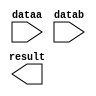
// This program was cloned from: https://github.com/Waikebber/PWM-Robotic-Arm
// License: MIT License

// megafunction wizard: %LPM_ADD_SUB%VBB%
// GENERATION: STANDARD
// VERSION: WM1.0
// MODULE: LPM_ADD_SUB 

// ============================================================
// Megafunction Name(s):
// 			LPM_ADD_SUB
//
// Simulation Library Files(s):
// 			lpm
// ============================================================
// ************************************************************
// THIS IS A WIZARD-GENERATED FILE. DO NOT EDIT THIS FILE!
//
// 18.1.0 Build 625 09/12/2018 SJ Lite Edition
// ************************************************************

//Copyright (C) 2018  Intel Corporation. All rights reserved.
//Your use of Intel Corporation's design tools, logic functions 
//and other software and tools, and its AMPP partner logic 
//functions, and any output files from any of the foregoing 
//(including device programming or simulation files), and any 
//associated documentation or information are expressly subject 
//to the terms and conditions of the Intel Program License 
//Subscription Agreement, the Intel Quartus Prime License Agreement,
//the Intel FPGA IP License Agreement, or other applicable license
//agreement, including, without limitation, that your use is for
//the sole purpose of programming logic devices manufactured by
//Intel and sold by Intel or its authorized distributors.  Please
//refer to the applicable agreement for further details.

module subFrom90 (
	dataa,
	datab,
	result);

	input	[25:0]  dataa;
	input	[25:0]  datab;
	output	[25:0]  result;

endmodule

// ============================================================
// CNX file retrieval info
// ============================================================
// Retrieval info: PRIVATE: CarryIn NUMERIC "0"
// Retrieval info: PRIVATE: CarryOut NUMERIC "0"
// Retrieval info: PRIVATE: ConstantA NUMERIC "0"
// Retrieval info: PRIVATE: ConstantB NUMERIC "0"
// Retrieval info: PRIVATE: Function NUMERIC "1"
// Retrieval info: PRIVATE: INTENDED_DEVICE_FAMILY STRING "Cyclone V"
// Retrieval info: PRIVATE: LPM_PIPELINE NUMERIC "0"
// Retrieval info: PRIVATE: Latency NUMERIC "0"
// Retrieval info: PRIVATE: Overflow NUMERIC "0"
// Retrieval info: PRIVATE: RadixA NUMERIC "10"
// Retrieval info: PRIVATE: RadixB NUMERIC "10"
// Retrieval info: PRIVATE: Representation NUMERIC "1"
// Retrieval info: PRIVATE: SYNTH_WRAPPER_GEN_POSTFIX STRING "0"
// Retrieval info: PRIVATE: ValidCtA NUMERIC "0"
// Retrieval info: PRIVATE: ValidCtB NUMERIC "0"
// Retrieval info: PRIVATE: WhichConstant NUMERIC "0"
// Retrieval info: PRIVATE: aclr NUMERIC "0"
// Retrieval info: PRIVATE: clken NUMERIC "0"
// Retrieval info: PRIVATE: nBit NUMERIC "26"
// Retrieval info: PRIVATE: new_diagram STRING "1"
// Retrieval info: LIBRARY: lpm lpm.lpm_components.all
// Retrieval info: CONSTANT: LPM_DIRECTION STRING "SUB"
// Retrieval info: CONSTANT: LPM_HINT STRING "ONE_INPUT_IS_CONSTANT=NO,CIN_USED=NO"
// Retrieval info: CONSTANT: LPM_REPRESENTATION STRING "UNSIGNED"
// Retrieval info: CONSTANT: LPM_TYPE STRING "LPM_ADD_SUB"
// Retrieval info: CONSTANT: LPM_WIDTH NUMERIC "26"
// Retrieval info: USED_PORT: dataa 0 0 26 0 INPUT NODEFVAL "dataa[25..0]"
// Retrieval info: USED_PORT: datab 0 0 26 0 INPUT NODEFVAL "datab[25..0]"
// Retrieval info: USED_PORT: result 0 0 26 0 OUTPUT NODEFVAL "result[25..0]"
// Retrieval info: CONNECT: @dataa 0 0 26 0 dataa 0 0 26 0
// Retrieval info: CONNECT: @datab 0 0 26 0 datab 0 0 26 0
// Retrieval info: CONNECT: result 0 0 26 0 @result 0 0 26 0
// Retrieval info: GEN_FILE: TYPE_NORMAL subFrom90.v TRUE
// Retrieval info: GEN_FILE: TYPE_NORMAL subFrom90.inc TRUE
// Retrieval info: GEN_FILE: TYPE_NORMAL subFrom90.cmp TRUE
// Retrieval info: GEN_FILE: TYPE_NORMAL subFrom90.bsf TRUE
// Retrieval info: GEN_FILE: TYPE_NORMAL subFrom90_inst.v TRUE
// Retrieval info: GEN_FILE: TYPE_NORMAL subFrom90_bb.v TRUE
// Retrieval info: LIB_FILE: lpm